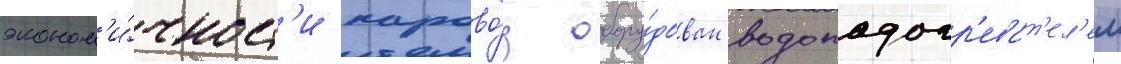
эконом'и́чност'и парово́з обору́дован водоподогр'еват'ел'ем